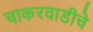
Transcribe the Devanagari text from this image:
चाकरवाडीचे